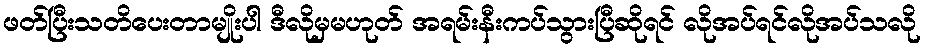
ဖတ်ပြီးသတိပေးတာမျိုးပါ ဒီလိုမှမဟုတ် အရမ်းနီးကပ်သွားပြီဆိုရင် လိုအပ်ရင်လိုအပ်သလို